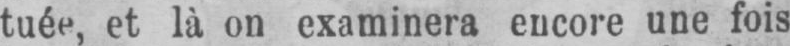
tuée, et là on examinera encore une fois